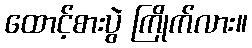
ထောင့်စားပွဲ ကြိုက်လား။